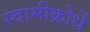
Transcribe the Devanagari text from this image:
स्वामीक्रोधें